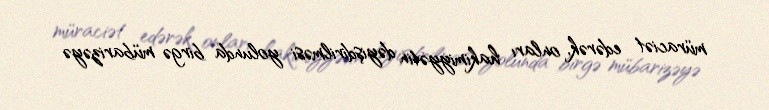
müraciət edərək, onları hakimiyyətin dəyişdirilməsi yolunda birgə mübarizəyə